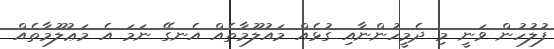
ފުލުހުން ވަނީ މި ދެމީހުންނާއި ގުޅެއް މައުލޫމާތެއް އެނގޭ ނަމަ އެ މަޢުލޫމާތެއް